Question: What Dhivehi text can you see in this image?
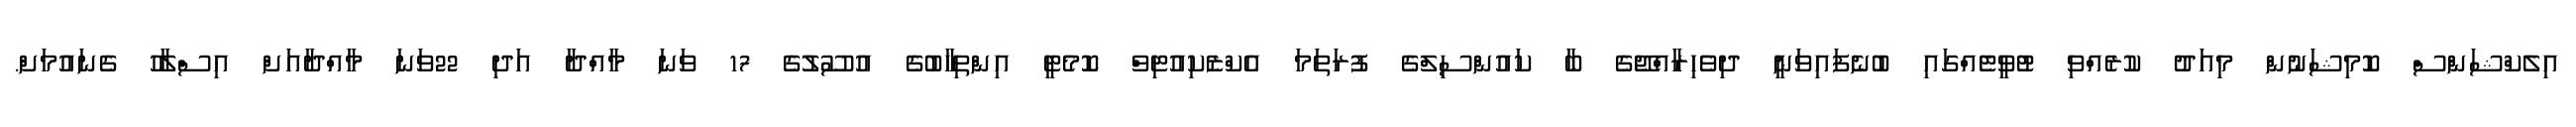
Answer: އިލެކްޝަންސް ކޮމިޝަނުން މިއަދު ކުރެއްވި ޓުވީޓެއްގައި ބުނެފައިވަނީ ދިވެހިރާއްޖޭގެ ބާ ކައުންސިލްގެ ފުރަތަމަ އެކްޒެކިއުޓިވް ކޮމެޓީ އިންތިހާބުގެ އުސޫލުގެ 17 ވަނަ މާއްދާ އަދި 22ވަނަ މާއްދާއަށް އިސްލާހު ގެނައުމަށް.